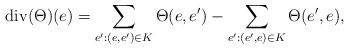
LaTeX: \begin{align*}\mathrm{div} (\Theta) (e) = \displaystyle\sum_{e':(e,e')\in K} \Theta(e,e') - \displaystyle\sum_{e':(e',e)\in K} \Theta(e',e),\end{align*}